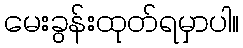
မေးခွန်းထုတ်ရမှာပါ။